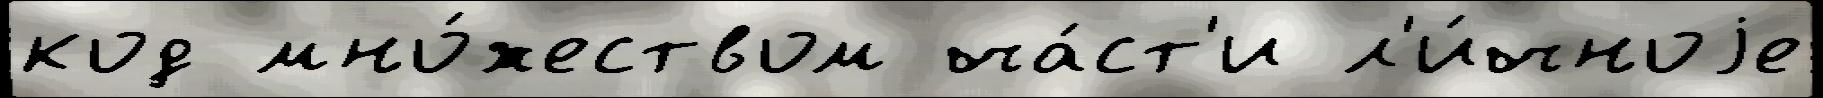
код мно́жеством ча́ст'и л'и́чноjе